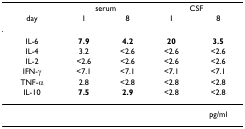
<table><thead><tr><td></td><td colspan="2"><b>serum</b></td><td colspan="2"><b>CSF</b></td></tr><tr><td><b>day</b></td><td><b>1</b></td><td><b>8</b></td><td><b>1</b></td><td><b>8</b></td></tr></thead><tbody><tr><td>IL-6</td><td><b>7.9</b></td><td><b>4.2</b></td><td><b>20</b></td><td><b>3.5</b></td></tr><tr><td>IL-4</td><td>3.2</td><td>&lt;2.6</td><td>&lt;2.6</td><td>&lt;2.6</td></tr><tr><td>IL-2</td><td>&lt;2.6</td><td>&lt;2.6</td><td>&lt;2.6</td><td>&lt;2.6</td></tr><tr><td>IFN-γ</td><td>&lt;7.1</td><td>&lt;7.1</td><td>&lt;7.1</td><td>&lt;7.1</td></tr><tr><td>TNF-α</td><td>2.8</td><td>&lt;2.8</td><td>&lt;2.8</td><td>&lt;2.8</td></tr><tr><td>IL-10</td><td><b>7.5</b></td><td><b>2.9</b></td><td>&lt;2.8</td><td>&lt;2.8</td></tr><tr><td></td><td></td><td></td><td></td><td>pg/ml</td></tr></tbody></table>